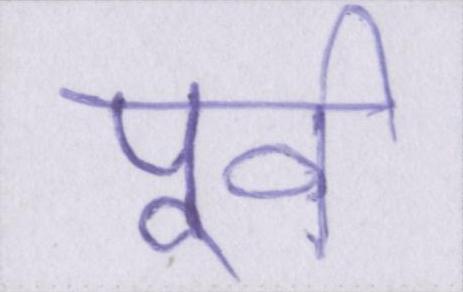
पूर्व